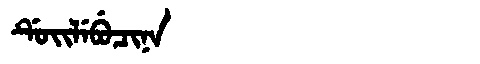
Manchu: ᡩᡠᡳᠯᡝᠪᡠᠴᡳᠨᠠ
Romanization: DUILEBUCINA